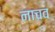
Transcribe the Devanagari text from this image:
नाचव